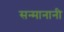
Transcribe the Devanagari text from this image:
सन्मानानी